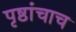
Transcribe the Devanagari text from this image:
पृष्ठांचाच